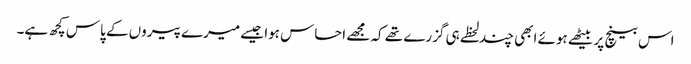
اس بینچ پر بیٹھے ہوئے ابھی چند لحظے ہی گزرے تھے کہ مجھے احساس ہوا جیسے میرے پیروں کے پاس کچھ ہے۔